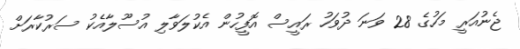
ޖެނުއަރީ މަހުގެ 28 ވަނަ ދުވަހު ރައީސް އޮފީހުން އެކުލަވާލި އުސޫލާއެކު ސަރުކާރަށް